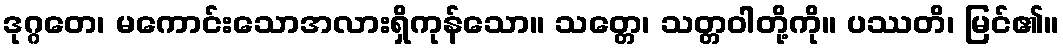
ဒုဂ္ဂတေ၊ မကောင်းသောအလားရှိကုန်သော။ သတ္တေ၊ သတ္တဝါတို့ကို။ ပဿတိ၊ မြင်၏။